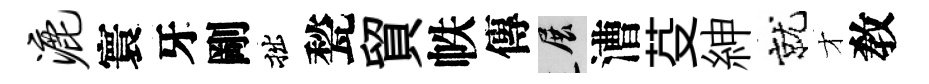
漉寰牙剛拙甃貿帙傳展漕芟紳就才敎